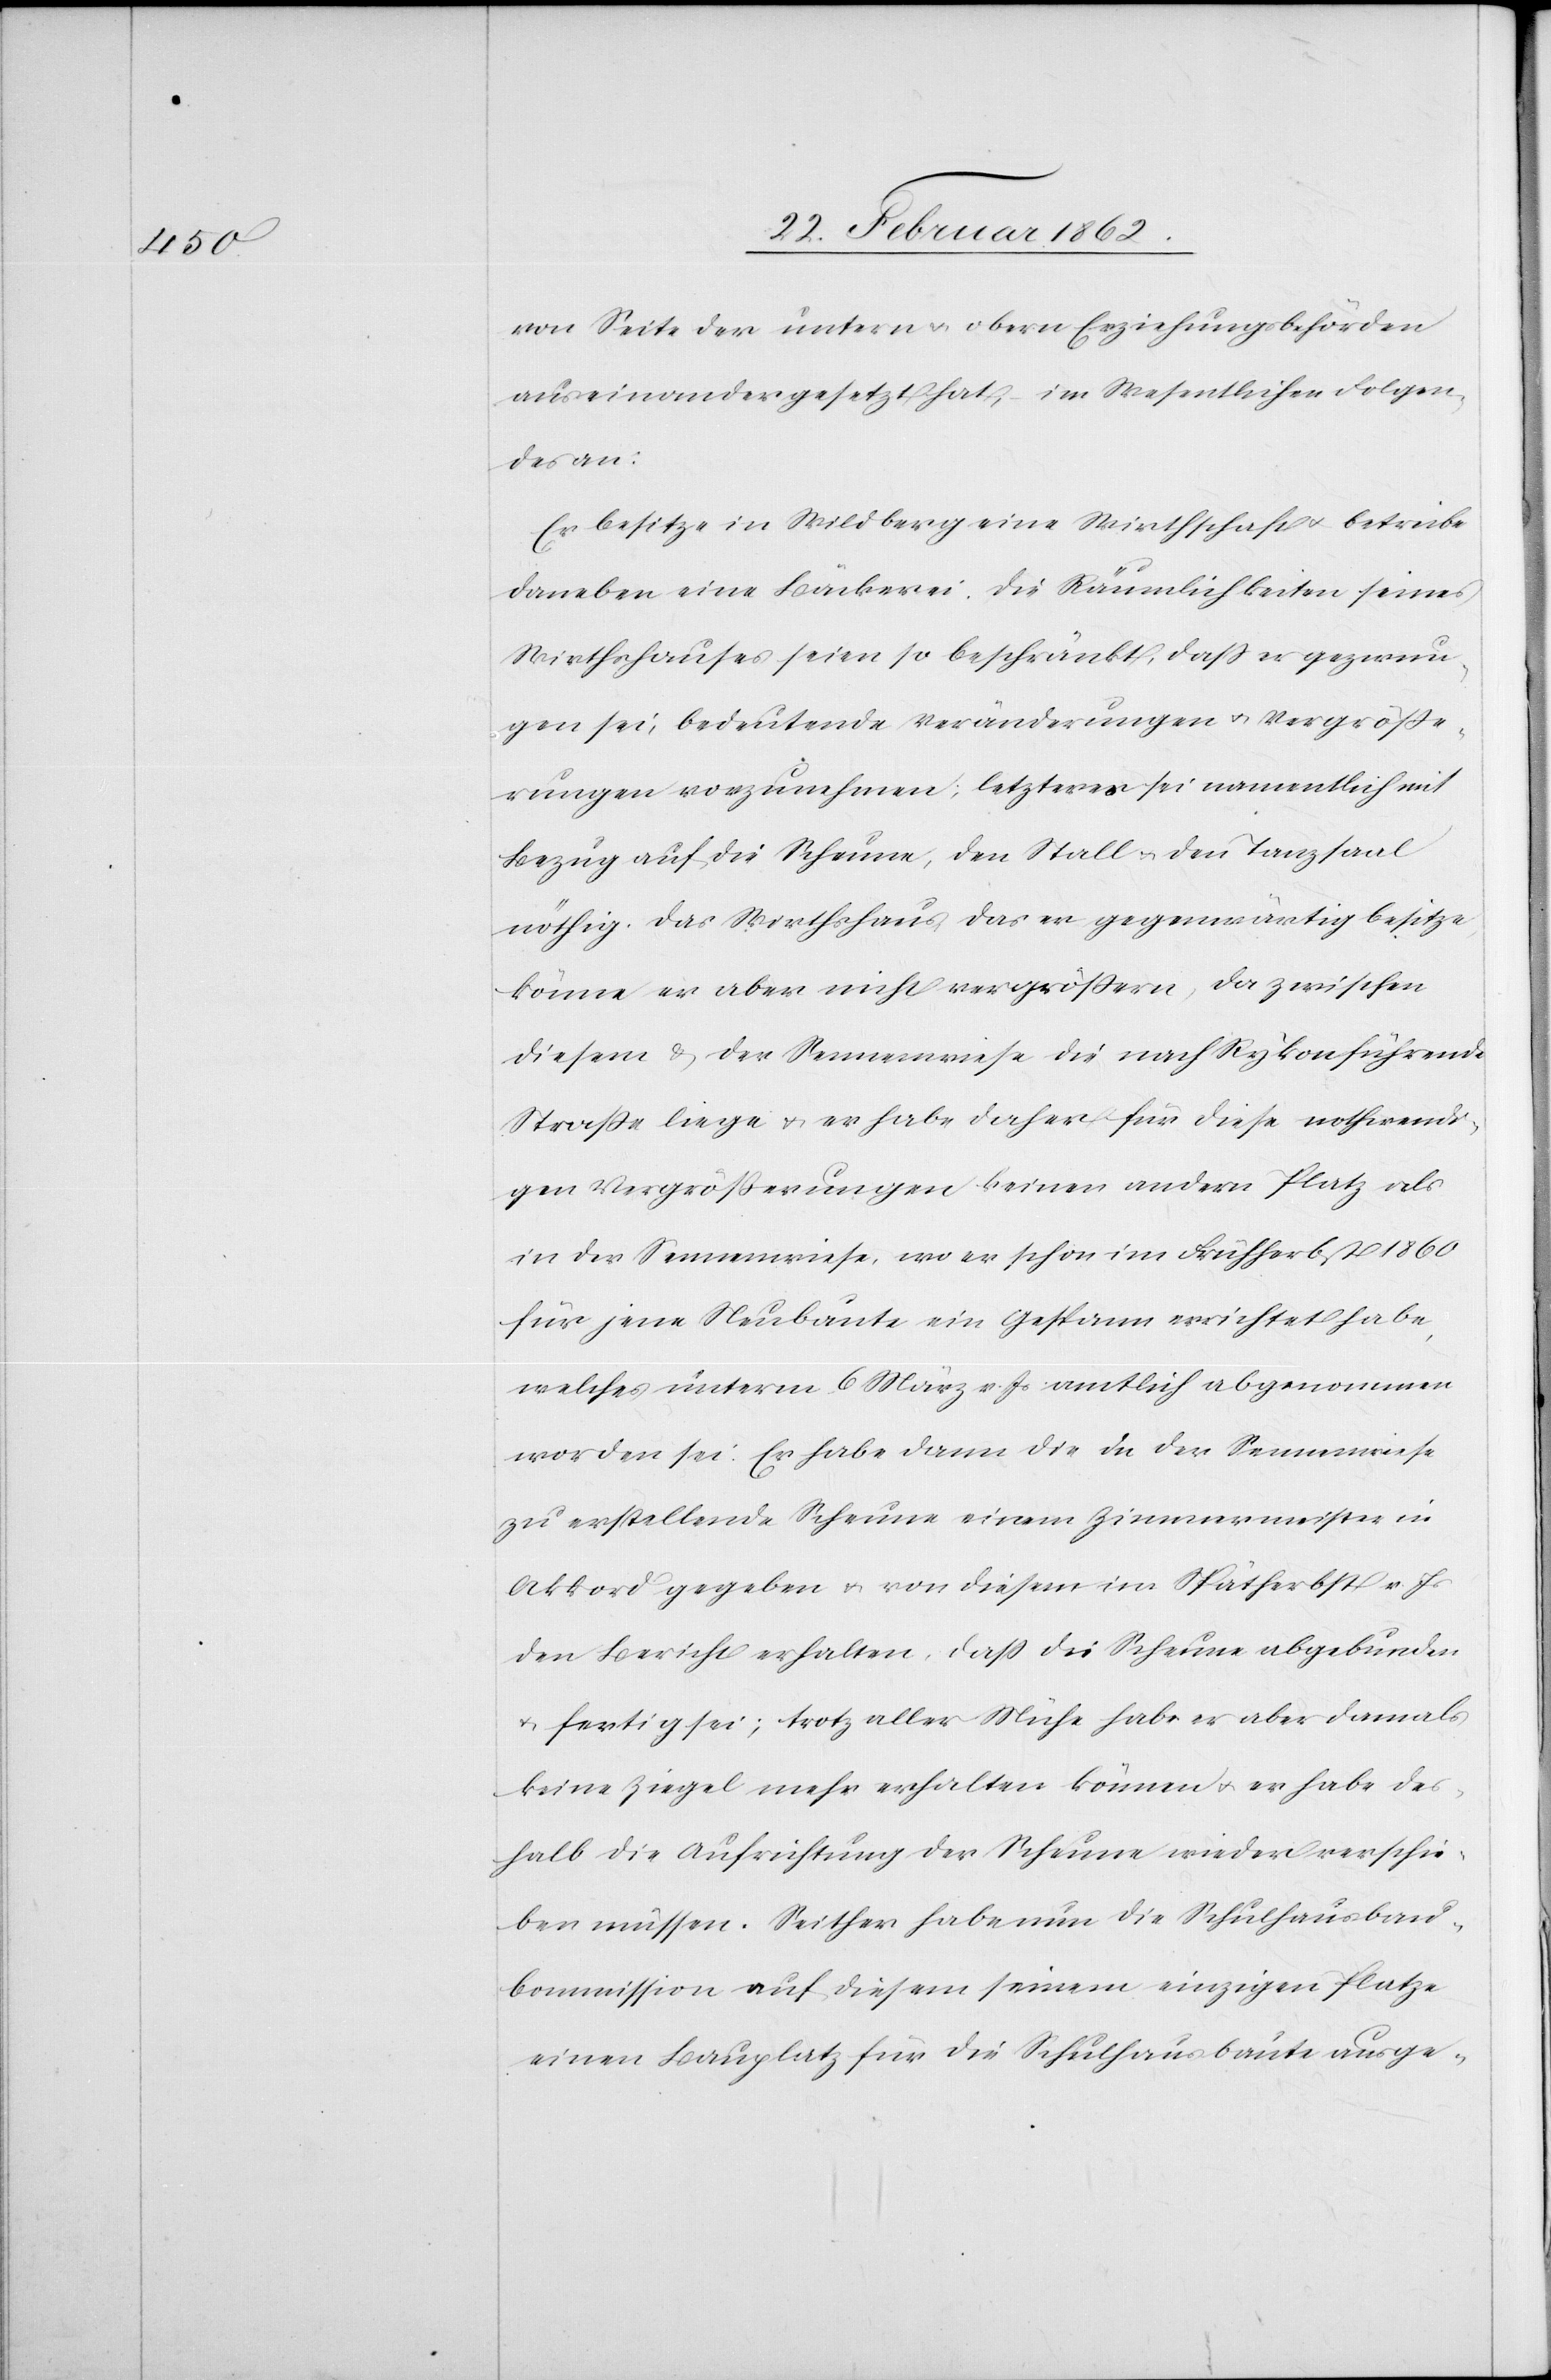
von Seite der untern u. obern Erziehungsbehörden
auseinandergesetzt hat, im Wesentlichen Folgen¬
des an:
Er besitze in Wildberg eine Wirthschaft u. betreibe
daneben eine Bäckerei. Die Räumlichkeiten seines
Wirthshauses seien so beschränkt, daß er gezwun¬
gens sei, bedeutende Veränderungen u. Vergröße¬
rungen vorzunehmen; letzteres sei namentlich mit
Bezug auf die Scheune, den Stall u. den Tanzsaal
nöthig. Das Wirthshaus, das er gegenwärtig besitze,
könne er aber nicht vergrößern, da zwischen
diesem & der Sennenwiese die nach Rykon führende
Straße liege u. er habe daher für diese nothwendi¬
gen Vergrößerungen keinen andern Platz als
in der Sennenwiese, wo er schon im Frühherbst 1860
für jene Neubaute ein Gespann errichtet habe,
welches unterm 6 März v. Js. amtlich abgenommen
worden sei. Er habe dann die in der Sennenwiese
zu erstellende Scheune einem Zimmermeister in
Akkord gegeben u. von diesem im Spätherbst v. Js
den Bericht erhalten, daß die Scheune abgebunden
u. fertig sei; trotz aller Mühe habe er aber damals
keine Ziegel mehr erhalten können u. er habe des¬
halb die Aufrichtung der Scheune wieder verschie¬
ben müssen. Seither habe nun die Schulhausbau¬
kommission auf diesem seinem einzigen Platze
einen Bauplatz für die Schulhausbaute ausge-